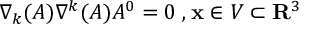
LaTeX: \nabla _ { k } ( A ) \nabla ^ { k } ( A ) A ^ { 0 } = 0 \; , { \bf x } \in V \subset { \bf R } ^ { 3 }